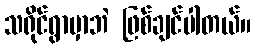
သရိုင်ရွာမှာဘဲ ဖြစ်ချင်ပါတယ်။